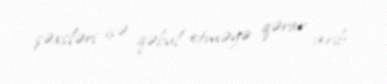
şəxsləri işə qəbul etməyə qərar verib.